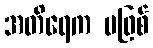
အတိရေက မဖြစ်